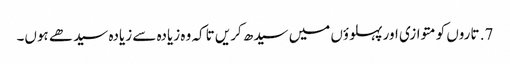
7. تاروں کو متوازی اور پہلوؤں میں سیدھ کریں تاکہ وہ زیادہ سے زیادہ سیدھے ہوں۔